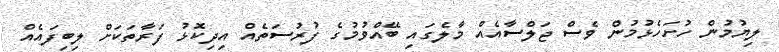
ލިޔުމުން ހުށަހެޅުމުން ވެސް ޖަލްސާއެއް މާލެގައި ބޭއްވުމުގެ ފުރުސަތެއް އިދިކޮޅު ފަރާތަކަށް ލިބިފައެއް